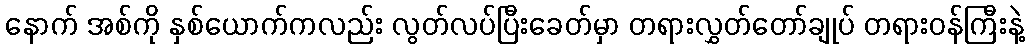
နောက် အစ်ကို နှစ်ယောက်ကလည်း လွတ်လပ်ပြီးခေတ်မှာ တရားလွှတ်တော်ချုပ် တရားဝန်ကြီးနဲ့